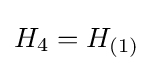
H_{4}=H_{(1)}